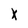
Character: X